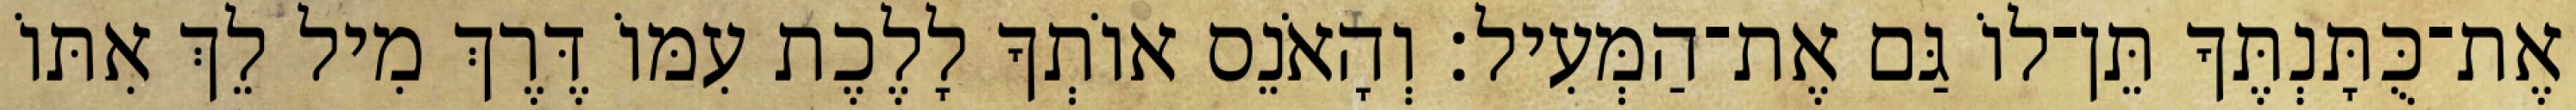
אֶת־כֻּתָּנְתֶּךָ תֵּן־לוֹ גַּם אֶת־הַמְּעִיל׃ וְהָאֹנֵס אוֹתְךָ לָלֶכֶת עִמּוֹ דֶּרֶךְ מִיל לֵךְ אִתּוֹ